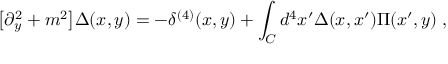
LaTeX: \big [ \partial _ { y } ^ { 2 } + m ^ { 2 } \big ] \Delta ( x , y ) = - \delta ^ { ( 4 ) } ( x , y ) + \int _ { C } d ^ { 4 } x ^ { \prime } \Delta ( x , x ^ { \prime } ) \Pi ( x ^ { \prime } , y ) \; ,